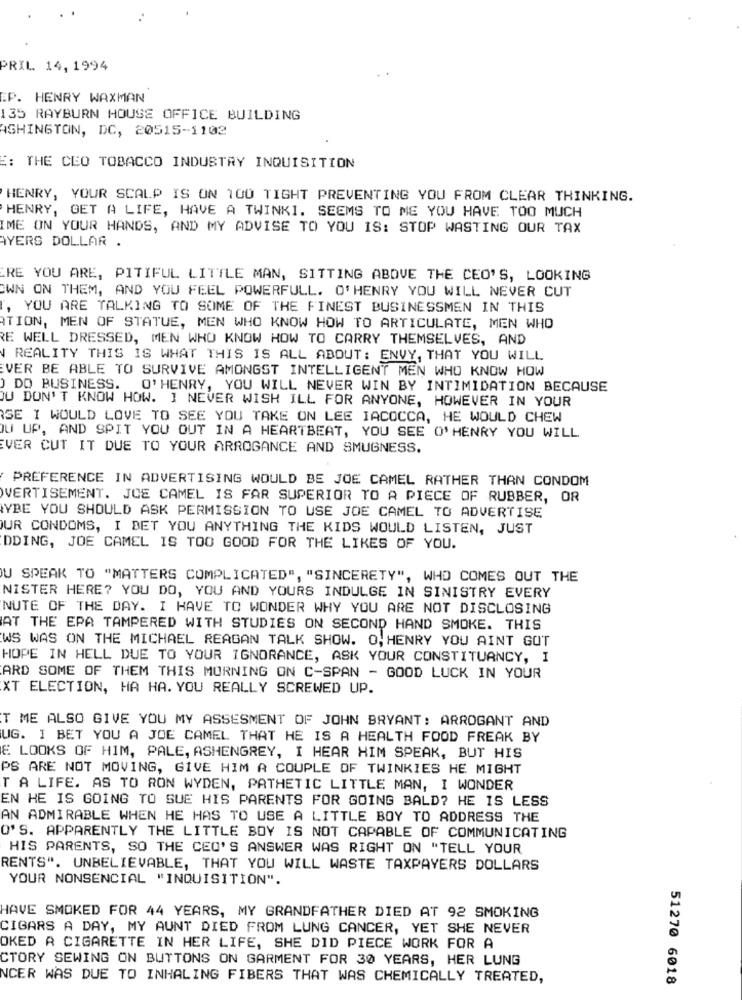
PRIL 14, 1994
EP. HENRY WAXMAN
135 RAYBURN HOUSE OFFICE BUILDING
ASHINGTON, DC, 20515-1102
E: THE CEO TOBACCO INDUSTRY INQUISITION
HENRY, YOUR SCALP IS ON 100 TIGHT PREVENTING YOU FROM CLEAR THINKING.
HENRY, GET A LIFE, HAVE A TWINKI. SEEMS TO ME YOU HAVE TOO MUCH
IME ON YOUR HANDS, AND MY ADVISE TO YOU IS: STOP WASTING OUR TAX
AYERS DOLLAR .
RE YOU ARE, PITIFUL LITTLE MAN, SITTING ABOVE THE CEO'S, LOOKING
OWN ON THEM, AND YOU FEEL POWERFULL. O'HENRY YOU WILL NEVER CUT
, YOU ARE TALKING TO SOME OF THE FINEST BUSINESSMEN IN THIS
ATION, MEN OF STATUE, MEN WHO KNOW HOW TO ARTICULATE, MEN WHO
RE WELL DRESSED, MEN WHO KNOW HOW TO CARRY THEMSELVES, AND
REALITY THIS IS WHAT THIS IS ALL ABOUT: ENVY, THAT YOU WILL
EVER BE ABLE TO SURVIVE AMONGST INTELLIGENT MEN WHO KNOW HOW
) DO BUSINESS. O'HENRY, YOU WILL NEVER WIN BY INTIMIDATION BECAUSE
OU DON'T KNOW HOW. ] NEVER WISH ILL FOR ANYONE, HOWEVER IN YOUR
SE I WOULD LOVE TO SEE YOU TAKE ON LEE IACOCCA, HE WOULD CHEW
DU UP, AND SPIT YOU OUT IN A HEARTBEAT, YOU SEE O'HENRY YOU WILL
VER CUT IT DUE TO YOUR ARROGANCE AND SMUGNESS.
PREFERENCE IN ADVERTISING WOULD BE JOE CAMEL RATHER THAN CONDOM
VERTISEMENT. JOE CAMEL IS FAR SUPERIOR TO A PIECE OF RUBBER, OR
YBE YOU SHOULD ASK PERMISSION TO USE JOE CAMEL TO ADVERTISE
UR CONDOMS, I BET YOU ANYTHING THE KIDS WOULD LISTEN, JUST
DDING, JOE CAMEL IS TOO GOOD FOR THE LIKES OF YOU.
U SPEAK TO "MATTERS COMPLICATED", "SINCERETY", WHO COMES OUT THE
NISTER HERE? YOU DO, YOU AND YOURS INDULGE IN SINISTRY EVERY
NUTE OF THE DAY. I HAVE TO WONDER WHY YOU ARE NOT DISCLOSING
AT THE EPA TAMPERED WITH STUDIES ON SECOND HAND SMOKE. THIS
WS WAS ON THE MICHAEL REAGAN TALK SHOW. O, HENRY YOU AINT GOT
HOPE IN HELL DUE TO YOUR IGNORANCE, ASK YOUR CONSTITUANCY, I
ARD SOME OF THEM THIS MORNING ON C-SPAN - GOOD LUCK IN YOUR
XT ELECTION, HA HA. YOU REALLY SCREWED UP.
T ME ALSO GIVE YOU MY ASSESMENT OF JOHN BRYANT: ARROGANT AND
UG. I BET YOU A JOE CAMEL THAT HE IS A HEALTH FOOD FREAK BY
E LOOKS OF HIM, PALE, ASHENGREY, I HEAR HIM SPEAK, BUT HIS
PS ARE NOT MOVING, GIVE HIM A COUPLE OF TWINKIES HE MIGHT
T A LIFE. AS TO RON WYDEN, PATHETIC LITTLE MAN, I WONDER
EN HE IS GOING TO SUE HIS PARENTS FOR GOING BALD? HE IS LESS
AN ADMIRABLE WHEN HE HAS TO USE A LITTLE BOY TO ADDRESS THE
O'S. APPARENTLY THE LITTLE BOY IS NOT CAPABLE OF COMMUNICATING
HIS PARENTS, SO THE CEO'S ANSWER WAS RIGHT ON "TELL YOUR
RENTS". UNBELIEVABLE, THAT YOU WILL WASTE TAXPAYERS DOLLARS
YOUR NONSENCIAL "INQUISITION".
HAVE SMOKED FOR 44 YEARS, MY GRANDFATHER DIED AT 92 SMOKING
CIGARS A DAY, MY AUNT DIED FROM LUNG CANCER, YET SHE NEVER
OKED A CIGARETTE IN HER LIFE, SHE DID PIECE WORK FOR A
CTORY SEWING ON BUTTONS ON GARMENT FOR 30 YEARS, HER LUNG
NCER WAS DUE TO INHALING FIBERS THAT WAS CHEMICALLY TREATED,
51270 6018